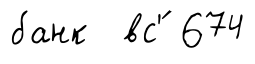
банк вс'́ 674